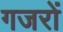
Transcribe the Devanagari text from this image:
गजरों